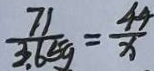
\frac { 7 1 } { 3 . 6 5 g } = \frac { 4 4 } { x }